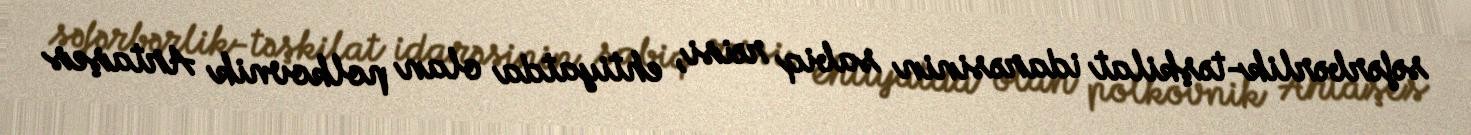
səfərbərlik-təşkilat idarəsinin sabiq rəisi, ehtiyatda olan polkovnik Artaşes